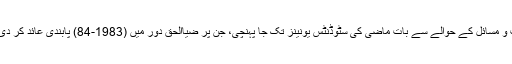
ملک کے موجودہ تعلیمی معاملات و مسائل کے حوالے سے بات ماضی کی سٹوڈنٹس یونینز تک جا پہنچی، جن پر ضیاالحق دور میں (1983-84) پابندی عائد کر دی گئی تھی جو اب تک برقرار ہے۔